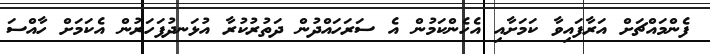
ފެންމައްޗަށް އަރާފައިވާ ކަމަށާއި އެހެންކަމުން އެ ސަރަހައްދުން ދަތުރުކުރާ އުޅަނދުފަހަރުން އެކަމަށް ހާއްސަ